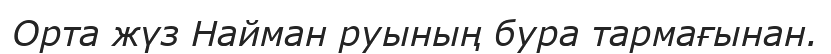
Орта жүз Найман руының бура тармағынан.